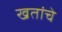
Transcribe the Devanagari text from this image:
खतांचे